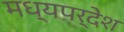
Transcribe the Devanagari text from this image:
मध्यपर्देश